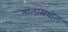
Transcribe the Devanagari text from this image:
नालामधील